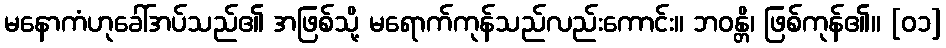
မနောကံဟုခေါ်အပ်သည်၏ အဖြစ်သို့ မရောက်ကုန်သည်လည်းကောင်း။ ဘဝန္တိ၊ ဖြစ်ကုန်၏။ [၀၁]